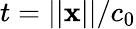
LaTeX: t=||\mathbf{x}||/c_{0}